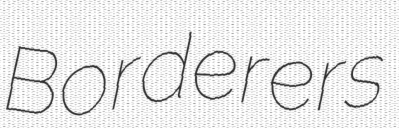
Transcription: Borderers